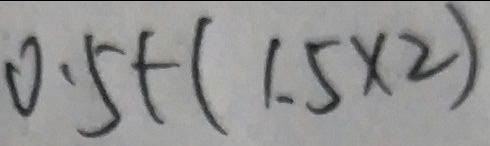
0 . 5 + ( 1 . 5 \times 2 )